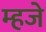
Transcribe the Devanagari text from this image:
म्हजे